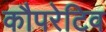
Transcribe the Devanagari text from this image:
कौपरेटिव